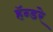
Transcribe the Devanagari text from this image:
हॅन्डरे